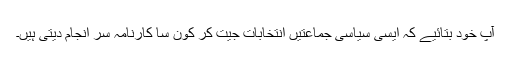
آپ خود بتائیے کہ ایسی سیاسی جماعتیں انتخابات جیت کر کون سا کارنامہ سر انجام دیتی ہیں۔